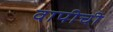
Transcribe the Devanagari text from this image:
वापीची